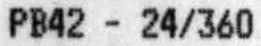
PB42 - 24/360